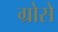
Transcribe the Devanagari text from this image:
ग्रोसे